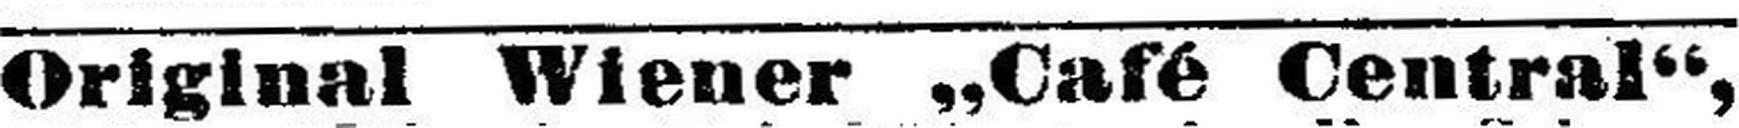
Original Wiener „Café Central“,